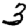
Digit: 3